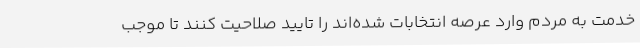
خدمت به مردم وارد عرصه انتخابات شده‌اند را تایید صلاحیت کنند تا موجب